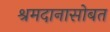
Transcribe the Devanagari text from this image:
श्रमदानासोबत